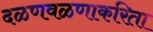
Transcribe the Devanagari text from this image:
दळणवळणाकरिता